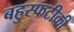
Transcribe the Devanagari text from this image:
बहुस्फटीकी